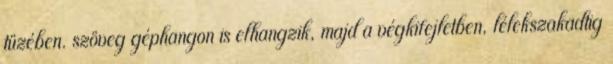
tüzében. szöveg géphangon is elhangzik, majd a végkifejletben, lélekszakadtig